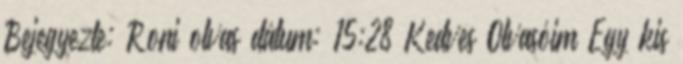
Bejegyezte: Roni olvas dátum: 15:28 Kedves Olvasóim Egy kis